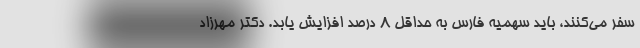
سفر می‌کنند، باید سهمیه فارس به حداقل ۸ درصد افزایش یابد. دکتر مهرزاد